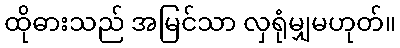
ထိုဓားသည် အမြင်သာ လှရုံမျှမဟုတ်။